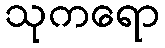
သုကရော